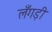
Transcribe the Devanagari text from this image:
लँगड़ी